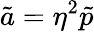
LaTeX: \tilde{a}=\eta^{2}\tilde{p}